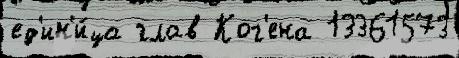
ед'ин'и́ца глав Ког'ена 13361573